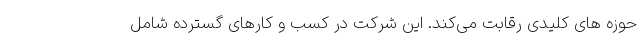
حوزه های کلیدی رقابت می‌کند. این شرکت در کسب و کارهای گسترده شامل